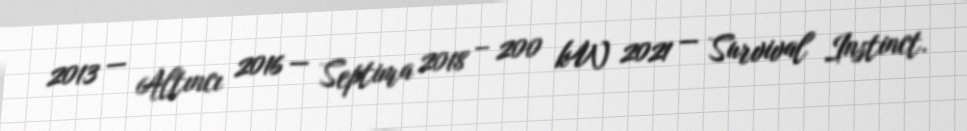
2013 — Altıncı 2016 — Septima 2018 – 200 kW 2021 — Survival Instinct.